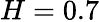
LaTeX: H=0.7